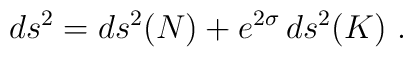
ds^2 = ds^2(N) + e^{2\sigma}\, ds^2(K)~.